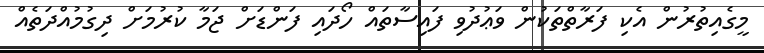
މީގެއިތުރުން އެކި ފަރާތްތަކުން ވަޢުދުވި ފައިސާތައް ހޯދައި ފަންޑަށް ޖަމާ ކުރުމަށް ދިގުމުއްދަތެއް